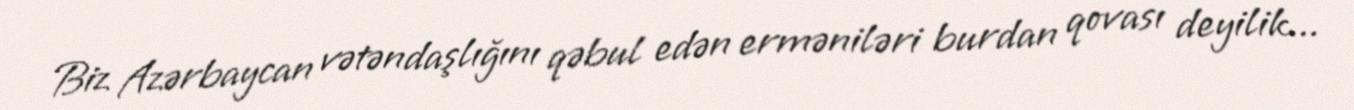
Biz Azərbaycan vətəndaşlığını qəbul edən erməniləri burdan qovası deyilik...